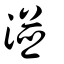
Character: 湴